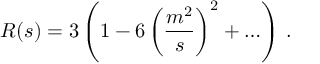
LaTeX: R ( s ) = 3 \left( 1 - 6 \left( { \frac { m ^ { 2 } } { s } } \right) ^ { 2 } + \ldots \right) \, .